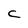
Character: C